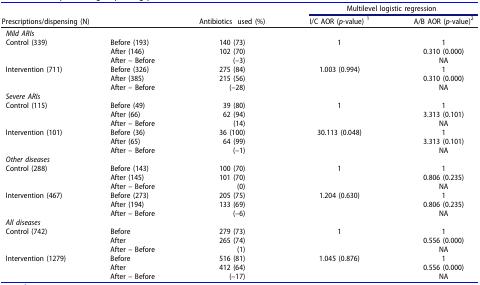
| <ROWSPAN=2-COLSPAN=2> Prescriptions/dispensing (N) | <ROWSPAN=2> Antibioticsused (%) | <COLSPAN=2> Multilevel logistic regression |
 | I/C AOR (p-value) 1 | A/B AOR (p-value)2 |
 | --- | --- | --- | --- | --- |
 | Mild ARIs |  |  |  |  |
 | <ROWSPAN=3> Control (339) | Before (193) | 140 (73) | <ROWSPAN=3> 1 | 1 |
 | After (146) | 102 (70) | 0.310 (0.000) |
 | After – Before | (–3) | NA |
 | <ROWSPAN=3> Intervention (711) | Before (326) | 275 (84) | <ROWSPAN=3> 1.003 (0.994) | 1 |
 | After (385) | 215 (56) | 0.310 (0.000) |
 | After – Before | (–28) | NA |
 | Severe ARIs |  |  |  |  |
 | <ROWSPAN=3> Control (115) | Before (49) | 39 (80) | <ROWSPAN=3> 1 | 1 |
 | After (66) | 62 (94) | 3.313 (0.101) |
 | After – Before | (14) | NA |
 | <ROWSPAN=3> Intervention (101) | Before (36) | 36 (100) | <ROWSPAN=3> 30.113 (0.048) | 1 |
 | After (65) | 64 (99) | 3.313 (0.101) |
 | After – Before | (–1) | NA |
 | Other diseases |  |  |  |  |
 | <ROWSPAN=3> Control (288) | Before (143) | 100 (70) | <ROWSPAN=3> 1 | 1 |
 | After (145) | 101 (70) | 0.806 (0.235) |
 | After – Before | (0) | NA |
 | <ROWSPAN=3> Intervention (467) | Before (273) | 205 (75) | <ROWSPAN=3> 1.204 (0.630) | 1 |
 | After (194) | 133 (69) | 0.806 (0.235) |
 | After – Before | (–6) | NA |
 | All diseases |  |  |  |  |
 | <ROWSPAN=3> Control (742) | Before | 279 (73) | <ROWSPAN=3> 1 | 1 |
 | After | 265 (74) | 0.556 (0.000) |
 | After – Before | (1) | NA |
 | <ROWSPAN=3> Intervention (1279) | Before | 516 (81) | <ROWSPAN=3> 1.045 (0.876) | 1 |
 | After | 412 (64) | 0.556 (0.000) |
 | After – Before | (–17) | NA |